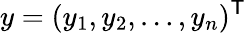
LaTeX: y=(y_{1},y_{2},\ldots,y_{n})^{\mathsf{T}}